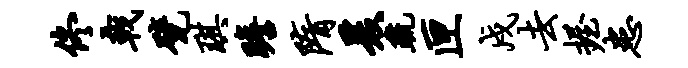
佟戟甓琪瞻隋爰疏匣戍去握患